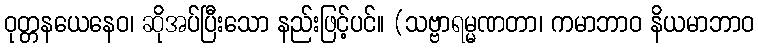
ဝုတ္တနယေနေဝ၊ ဆိုအပ်ပြီးသော နည်းဖြင့်ပင်။ (သဗ္ဗာရမ္မဏတာ၊ ကမာဘာဝ နိယမာဘာဝ